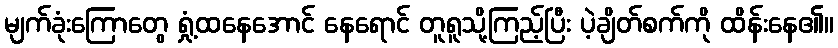
မျက်ခုံးကြောတွေ ရှုံ့ထနေအောင် နေရောင် တူရူသို့ကြည့်ပြီး ပဲ့ချိတ်စက်ကို ထိန်းနေ၏။